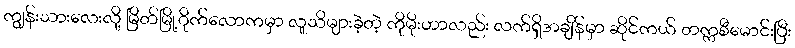
ကျွန်းသားလေးလို့ မြိတ်မြို့ဂိုက်လောကမှာ လူသိများခဲ့တဲ့ ကိုမိုးဟာလည်း လက်ရှိအချိန်မှာ ဆိုင်ကယ် တက္ကစီမောင်းပြီး